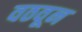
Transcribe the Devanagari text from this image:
वठवून